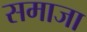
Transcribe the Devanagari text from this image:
समाजा